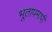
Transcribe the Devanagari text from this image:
भूतापमापी